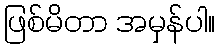
ဖြစ်မိတာ အမှန်ပါ။